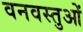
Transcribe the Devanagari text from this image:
वनवस्तुओं